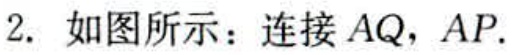
2. 如图所示：连接 \(AQ\)，\(AP\).